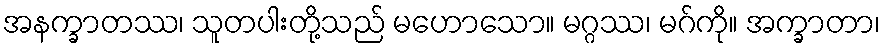
အနက္ခာတဿ၊ သူတပါးတို့သည် မဟောသော။ မဂ္ဂဿ၊ မဂ်ကို။ အက္ခာတာ၊